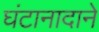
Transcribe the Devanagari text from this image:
घंटानादाने